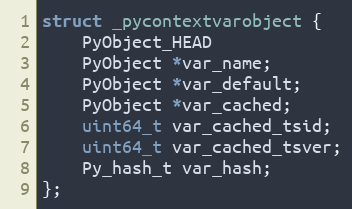
Language: C
struct _pycontextvarobject {
    PyObject_HEAD
    PyObject *var_name;
    PyObject *var_default;
    PyObject *var_cached;
    uint64_t var_cached_tsid;
    uint64_t var_cached_tsver;
    Py_hash_t var_hash;
};